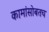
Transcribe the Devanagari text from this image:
कामांसोबतच